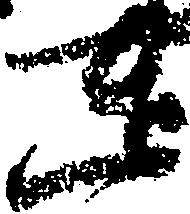
達